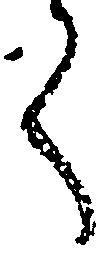
く